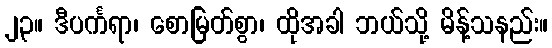
၂၃။ ဒီပင်္ကရာ၊ စောမြတ်စွာ၊ ထိုအခါ ဘယ်သို့ မိန့်သနည်း။